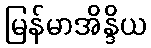
မြန်မာအိန္ဒိယ